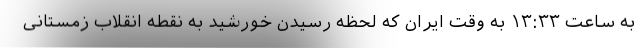
به ساعت ۱۳:۳۳ به وقت ایران که لحظه رسیدن خورشید به نقطه انقلاب زمستانی